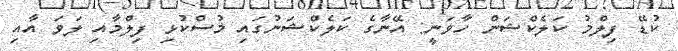
ކުޑޭ ފިލްމު ކަލެކްޝަން ހާވަނީ: އޭނާގެ ކަލެކްޝަނުގައި މުސްކުޅި ފިލްމާއި ލަވަ އާއި